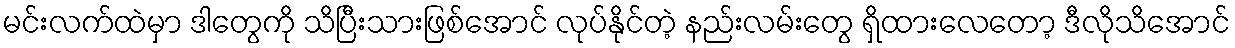
မင်းလက်ထဲမှာ ဒါတွေကို သိပြီးသားဖြစ်အောင် လုပ်နိုင်တဲ့ နည်းလမ်းတွေ ရှိထားလေတော့ ဒီလိုသိအောင်